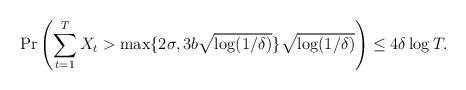
LaTeX: \begin{align*}\Pr\left(\sum_{t=1}^TX_t>\max\{2\sigma, 3b\sqrt{\log(1/\delta)}\}\sqrt{\log(1/\delta)}\right)\leq 4\delta\log T.\end{align*}